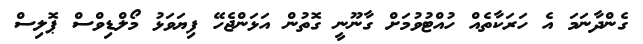
ގެންދާނަމަ އެ ހަރަކާތެއް ހުއްޓުވުމަށް ގާނޫނީ ގޮތުން އަޅަންޖެހޭ ފިޔަވަޅު މޯލްޑިވްސް ޕޮލިސް